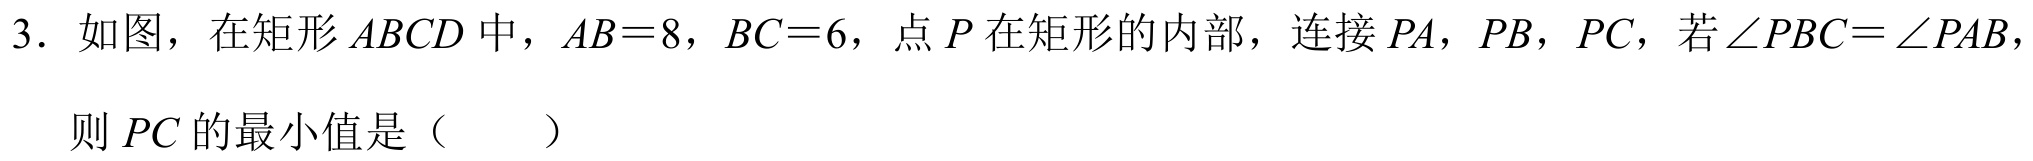
3. 如图，在矩形 \(ABCD\) 中，\(AB = 8\)，\(BC = 6\)，点 \(P\) 在矩形的内部，连接 \(PA\)，\(PB\)，\(PC\)，若\(\angle PBC=\angle PAB\)，

则 \(PC\) 的最小值是（  ）